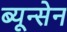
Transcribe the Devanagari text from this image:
ब्यून्सेन